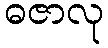
ဓဇာလု